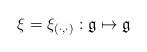
LaTeX: \begin{align*}\xi=\xi_{(\cdot,\cdot)}:\mathfrak{g} \mapsto \mathfrak{g}\end{align*}